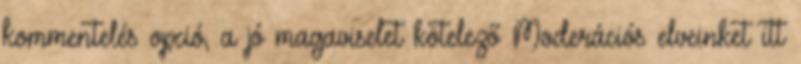
kommentelés opció, a jó magaviselet kötelező Moderációs elveinket itt